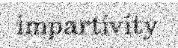
impartivity